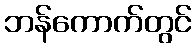
ဘန်ကောက်တွင်